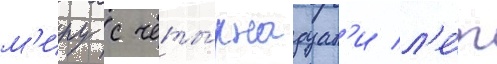
м'иру с четы́рнадцат'и л'е́т